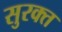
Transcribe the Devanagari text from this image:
सुरक्त